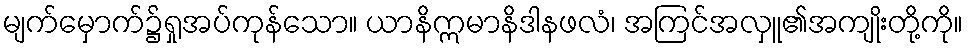
မျက်မှောက်၌ရှုအပ်ကုန်သော။ ယာနိဣမာနိဒါနဖလံ၊ အကြင်အလှူ၏အကျိုးတို့ကို။